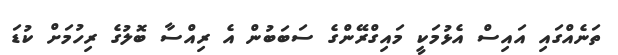
ތަނެއްގައި އައިސް އެޅުމަކީ މައިގްރޭންގެ ސަބަބުން އެ ރިއްސާ ބޮލުގެ ރިހުމަށް ކުޑަ